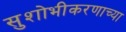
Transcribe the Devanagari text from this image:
सुशोभीकरणाच्या